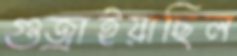
গুজ্‌রাইয়াছিল